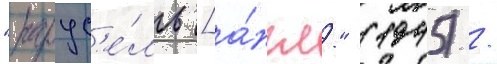
"карус'е́ль [а́нгл." (1945) /